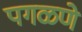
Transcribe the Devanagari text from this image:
पगळणे